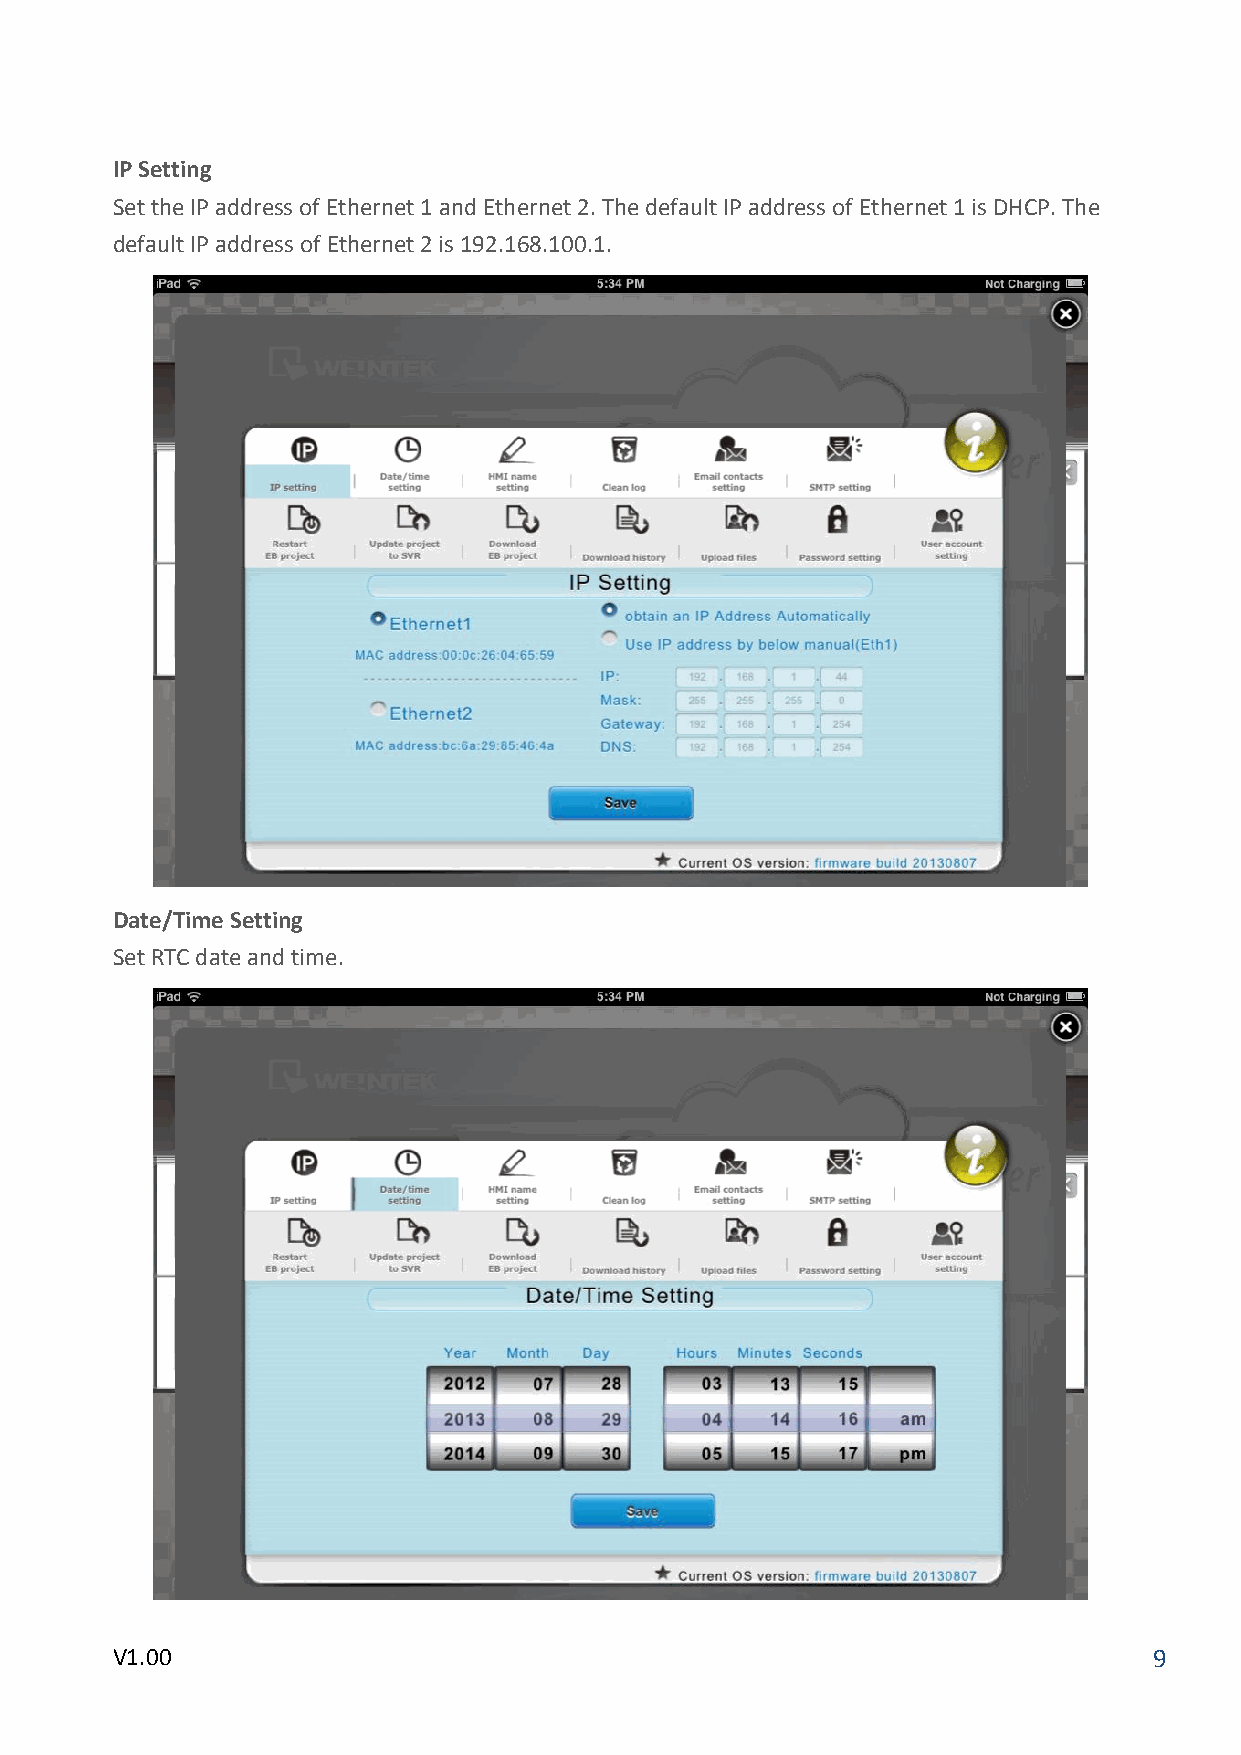
IP Setting
 Set the IP address of Ethernet 1 and Ethernet 2. The default IP address of Ethernet 1 is DHCP. The
 default IP address of Ethernet 2 is 192.168.100.1.
 Date/Time Setting
 Set RTC date and time.
 V1.00                                                                9